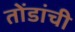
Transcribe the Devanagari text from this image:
तोंडांची